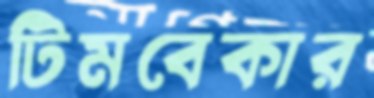
টিমবেকার